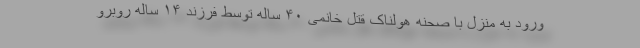
ورود به منزل با صحنه هولناک قتل خانمی ۴۰ ساله توسط فرزند ۱۴ ساله روبرو